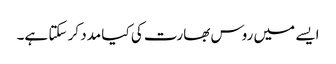
ایسے میں روس بھارت کی کیا مدد کر سکتا ہے۔